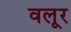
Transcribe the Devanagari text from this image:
वलूर